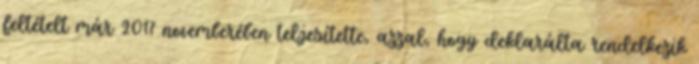
feltételt már 2017 novemberében teljesítette, azzal, hogy deklarálta rendelkezik